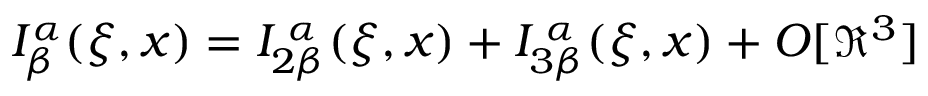
I _ { \beta } ^ { \alpha } ( \xi , x ) = I _ { 2 \beta } ^ { \; \alpha } ( \xi , x ) + I _ { 3 \beta } ^ { \; \alpha } ( \xi , x ) + O [ \Re ^ { 3 } ]